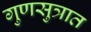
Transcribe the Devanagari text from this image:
गुणसुत्रात